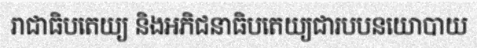
រាជាធិបតេយ្យ និងអភិជនាធិបតេយ្យជារបបនយោបាយ